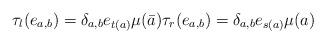
LaTeX: \begin{align*}\tau_l(e_{a,b})=\delta_{a,b}e_{t(a)}\mu(\bar a) \tau_r(e_{a,b})=\delta_{a,b}e_{s(a)}\mu(a)\end{align*}